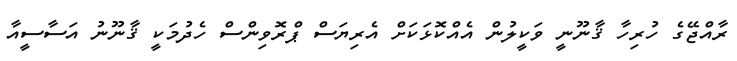
ރާއްޖޭގެ ހުރިހާ ޤާނޫނީ ވަކީލުން އެއްކޮޅަކަށް އެރިޔަސް ޕްރޮވިންސް ހެދުމަކީ ޤާނޫނު އަސާސީއާ